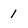
Character: 1